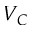
V _ { C }